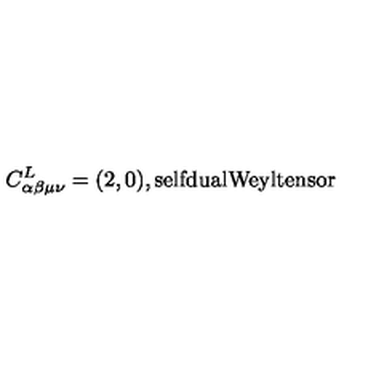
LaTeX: C _ { \alpha \beta \mu \nu } ^ { L } = ( 2 , 0 ) , \mathrm { s e l f d u a l W e y l t e n s o r }